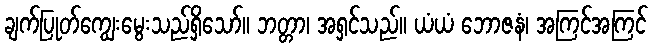
ချက်ပြုတ်ကျွေးမွေးသည်ရှိသော်။ ဘတ္တာ၊ အရှင်သည်။ ယံယံ ဘောဇနံ၊ အကြင်အကြင်